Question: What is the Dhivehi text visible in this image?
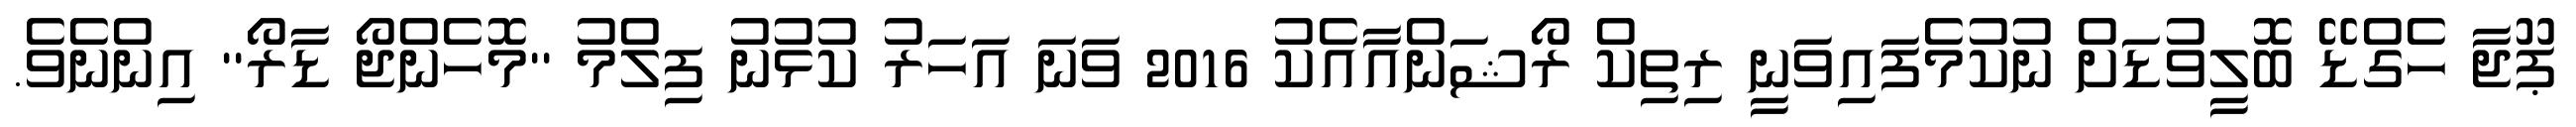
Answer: ޕޫޖާ ހެގްޑޭ ބޮލީވުޑަށް ނުކުމެފައިވަނީ ރިތިކް ރޯޝަންއާއެކު 2016 ވަނަ އަހަރު ކުޅުނު ފިލްމު ''މޮހެންޖޯ ޑާރޯ'' އިންނެވެ.